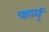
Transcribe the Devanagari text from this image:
फार्म्